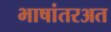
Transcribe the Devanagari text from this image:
भाषांतरअत